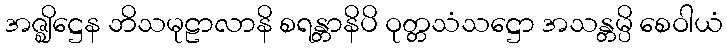
အဇ္ဈိဋ္ဌေန ဘိသမုဠာလာနိ စရန္တာနိပိ ဝုတ္တသံသဋ္ဌော အသန္တမ္ပိ စေဝါယံ